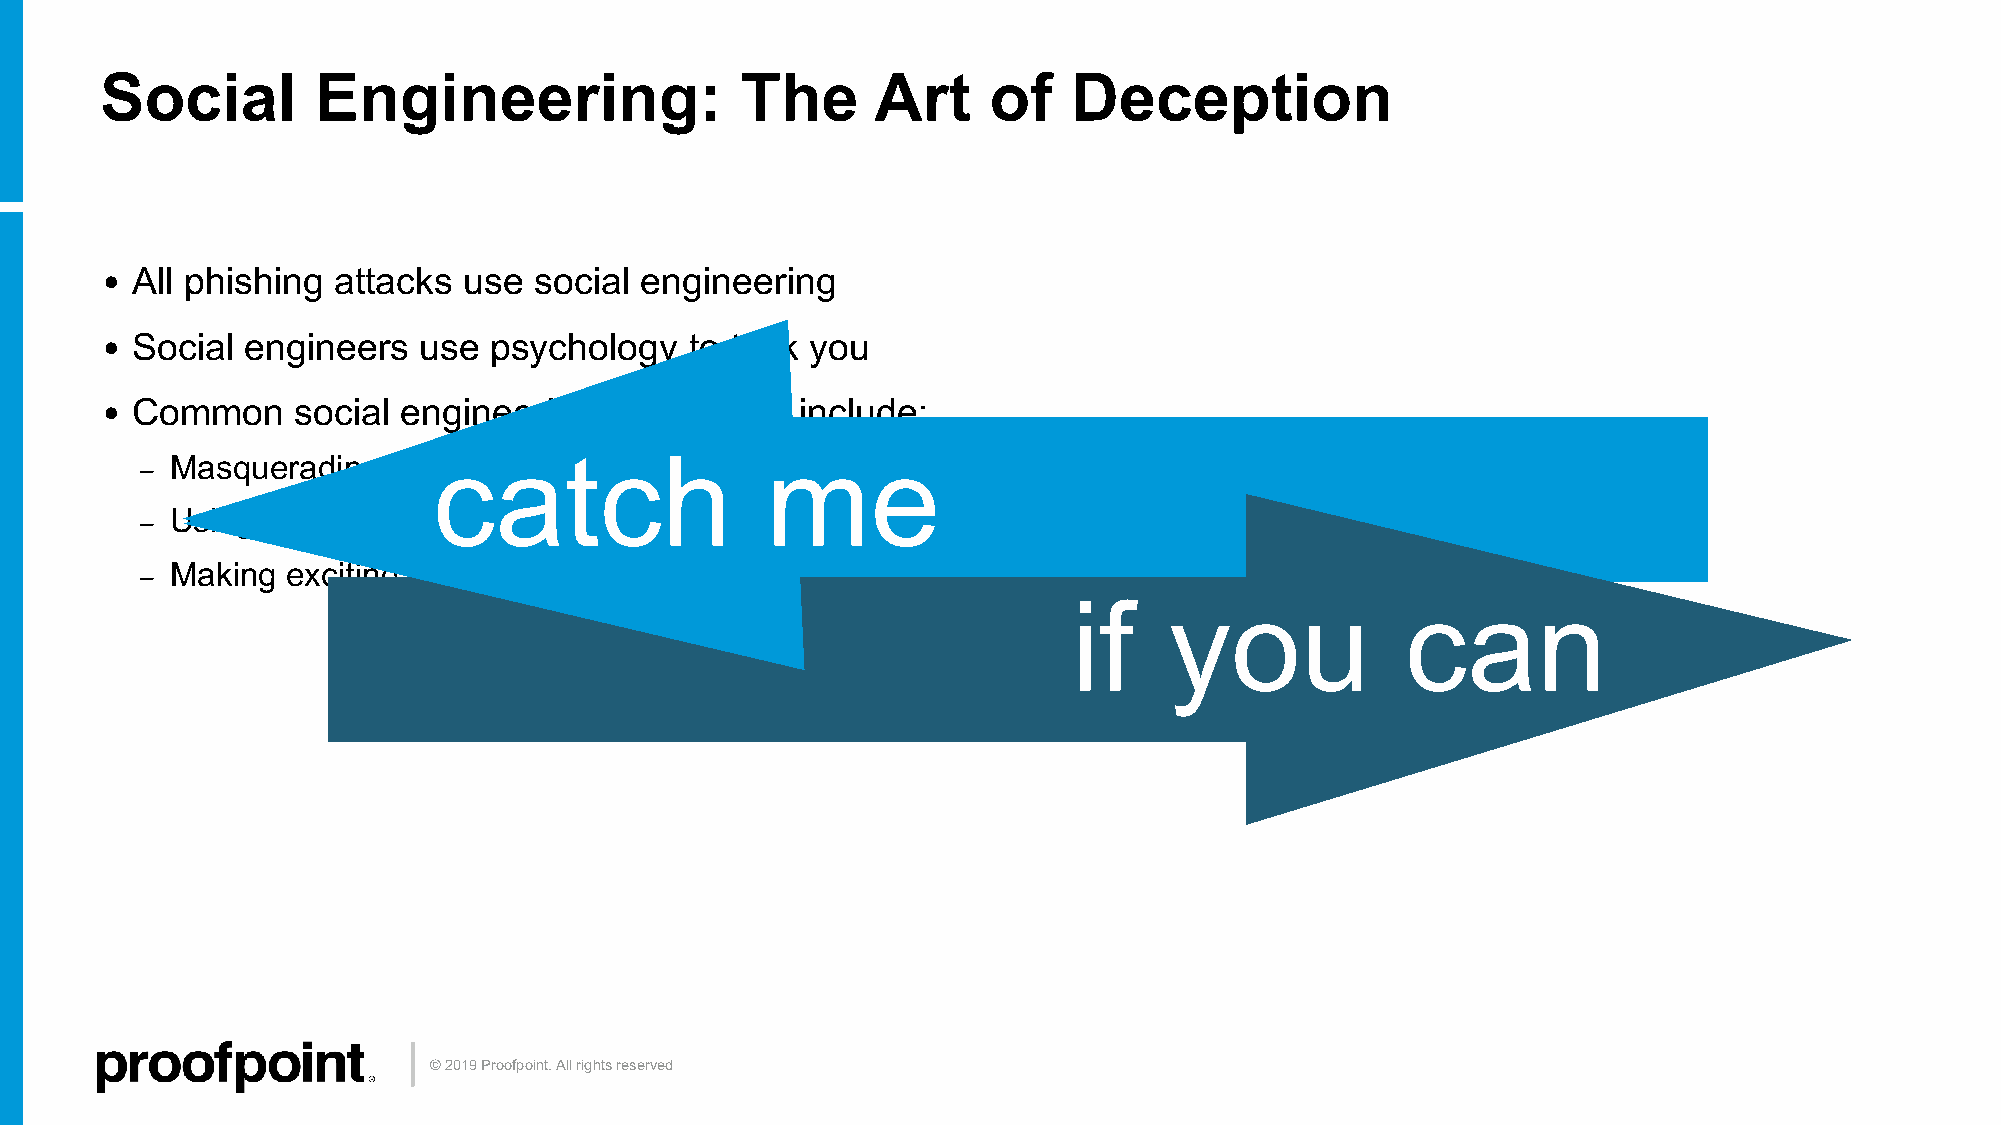
Social        Engineering:                The      Art    of    Deception
 • All phishing attacks  use social engineering
 • Social engineers   use psychology    to trick you
 • Common    social  engineering  techniques   include:
 Masquerading   as someone  you  know
 –
 catch                 me
 Using scare tactics
 –
 Making  exciting promises
 –
 if    you             can
 © 2019 Proofpoint. All rights reserved